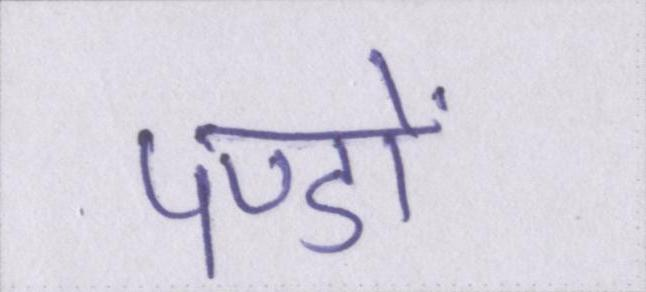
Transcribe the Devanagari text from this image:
पण्डों